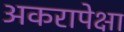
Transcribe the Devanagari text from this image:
अकरापेक्षा